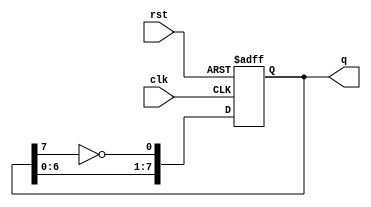
module johnson_counter (
    input wire clk,        // Clock signal
    input wire rst,        // Reset signal
    output reg [7:0] q     // 8-bit output representing the current state
);

    always @(posedge clk or posedge rst) begin
        if (rst) begin
            q <= 8'b00000000;  // Reset all bits to 0
        end else begin
            // Johnson counter logic
            q[0] <= ~q[7];      // Invert last bit and assign to first bit
            q[1] <= q[0];       // Shift the bits
            q[2] <= q[1];
            q[3] <= q[2];
            q[4] <= q[3];
            q[5] <= q[4];
            q[6] <= q[5];
            q[7] <= q[6];
        end
    end
endmodule